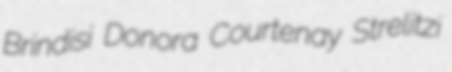
Brindisi Donora Courtenay Strelitzi